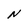
Character: N